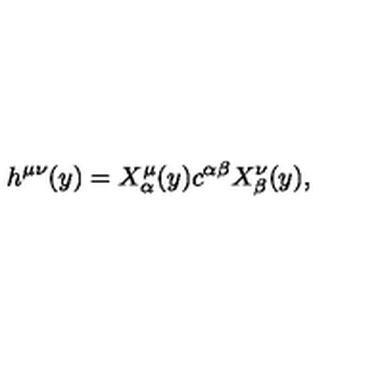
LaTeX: h ^ { \mu \nu } ( y ) = X _ { \alpha } ^ { \mu } ( y ) c ^ { \alpha \beta } X _ { \beta } ^ { \nu } ( y ) ,